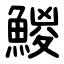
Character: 鯼